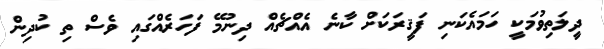
ދީލަތިވުމަކީ ހަމައެކަނި ފަޤީރަކަށް ކާނެ އެއްޗެއް ދިނުމޭ ފަހަރެއްގައި ވެސް ތި ކުދިން